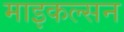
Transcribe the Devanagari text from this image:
माइकल्सन